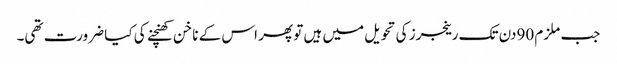
جب ملزم 90دن تک رینجرز کی تحویل میں ہیں تو پھر اس کے ناخن کھنچنے کی کیا ضرورت تھی۔